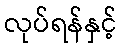
လုပ်ရန်နှင့်